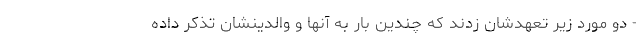
- دو مورد زیر تعهدشان زدند که چندین بار به آنها و والدینشان تذکر داده